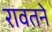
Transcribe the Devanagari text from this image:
रावतने